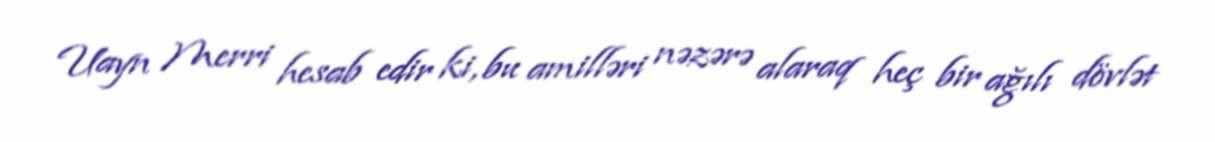
Uayn Merri hesab edir ki, bu amilləri nəzərə alaraq heç bir ağılı dövlət